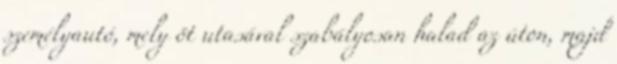
személyautó, mely öt utasával szabályosan halad az úton, majd